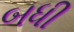
બધી